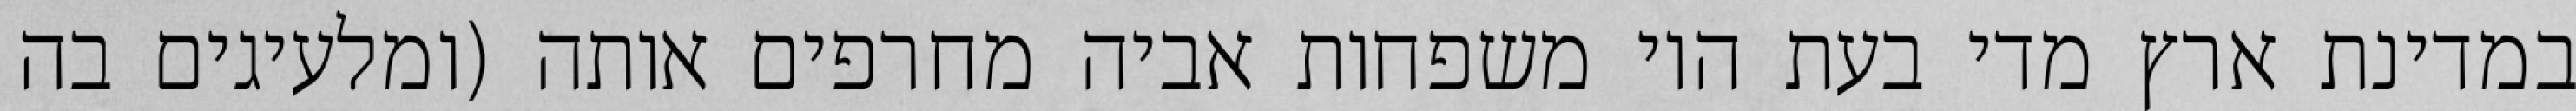
במדינת ארץ מדי בעת היו משפחות אביה מחרפים אותה (ומלעיגים בה